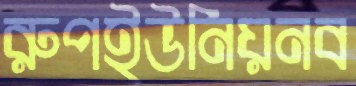
রুপইউনিয়নব